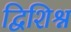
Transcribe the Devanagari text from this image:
द्विशिश्न